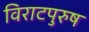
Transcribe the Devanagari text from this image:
विराटपुरुष